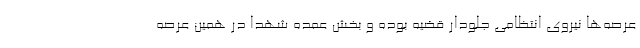
عرصه‌ها نیروی انتظامی جلودار قضیه بوده و بخش عمده شهدا در همین عرصه